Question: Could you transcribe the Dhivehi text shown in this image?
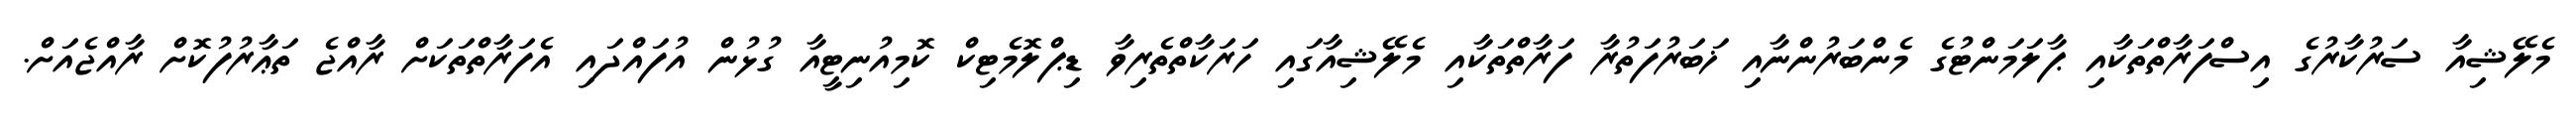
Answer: މެލޭޝިއާ ސަރުކާރުގެ އިސްފަރާތްތަކާއި ޕާލަމަންޓުގެ މެންބަރުންނާއި ޚަބަރުފަތުރާ ފަރާތްތަކާއި މެލޭޝިއާގައި ހަރަކާތްތެރިވާ ޑިޕްލޮމެޓިކް ކޮމިއުނިޓީއާ ގުޅުން އުފައްދައި އެފަރާތްތަކަށް ރާއްޖެ ތަޢާރުފުކޮށް ރާއްޖެއަށް.